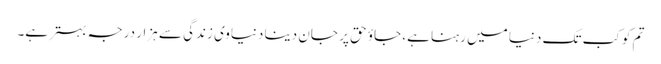
تم کو کب تک دنیا میں رہنا ہے، جاؤ حق پر جان دینا دنیاوی زندگی سے ہزار درجہ بہتر ہے۔